Leaving Certificate Examination (including Day School Certificate (Higher) General paper), 1929
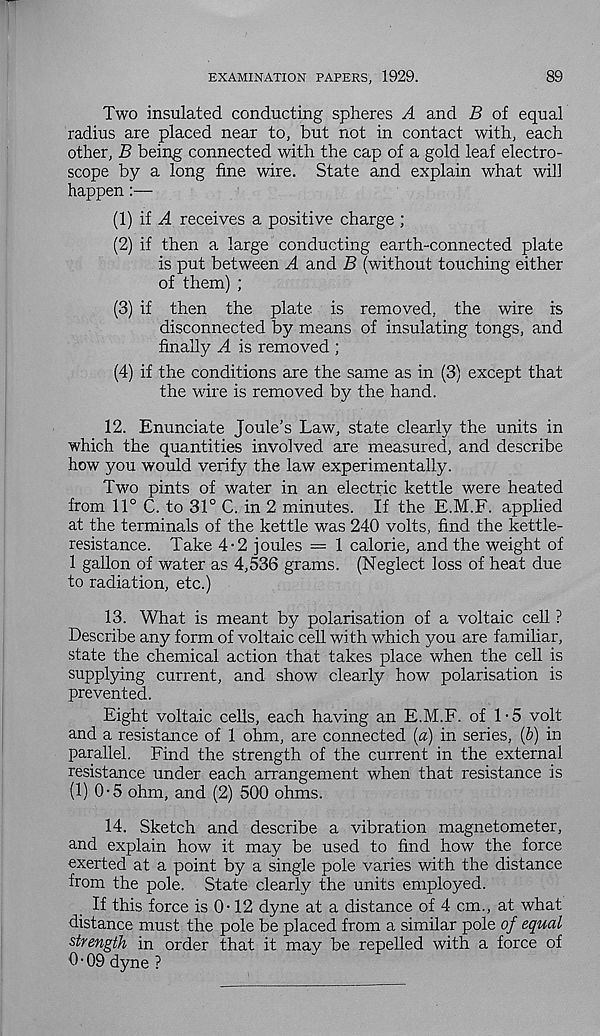
EXAMINATION PAPERS, 1929.
89
Two insulated conducting spheres A and B of equal
radius are placed near to, but not in contact with, each
other, B being connected with the cap of a gold leaf electro-
scope by a long fine wire. State and explain what will
happen :—
(1) if A receives a positive charge ;
(2) if then a large conducting earth-connected plate
is put between A and B (without touching either
of them) ;
(3) if then the plate is removed, the wire is
disconnected by means of insulating tongs, and
finally A is removed ;
(4) if the conditions are the same as in (3) except that
the wire is removed by the hand.
12. Enunciate Joule's Law, state clearly the units in
which the quantities involved are measured, and describe
how you would verify the law experimentally.
Two pints of water in an electric kettle were heated
from 11° C. to 31° C. in 2 minutes. If the E.M.F. applied
at the terminals of the kettle was 240 volts, find the kettle-
resistance. Take 4-2 joules — 1 calorie, and the weight of
1 gallon of water as 4,536 grams. (Neglect loss of heat due
to radiation, etc.)
13. What is meant by polarisation of a voltaic cell ?
Describe any form of voltaic cell with which you are familiar,
state the chemical action that takes place when the cell is
supplying current, and show clearly how polarisation is
prevented.
Eight voltaic cells, each having an E.M.F. of 1-5 volt
and a resistance of 1 ohm, are connected (a) in series, (b) in
parallel. Find the strength of the current in the external
resistance under each arrangement when that resistance is
(1) 0-5 ohm, and (2) 500 ohms.
14. Sketch and describe a vibration magnetometer,
and explain how it may be used to find how the force
exerted at a point by a single pole varies with the distance
from the pole. State clearly the units employed.
If this force is 0-12 dyne at a distance of 4 cm., at what
distance must the pole be placed from a similar pole of equal
strength in order that it may be repelled with a force of
0 • 09 dyne ?